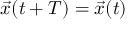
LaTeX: { \vec { x } } ( t + T ) = { \vec { x } } ( t )